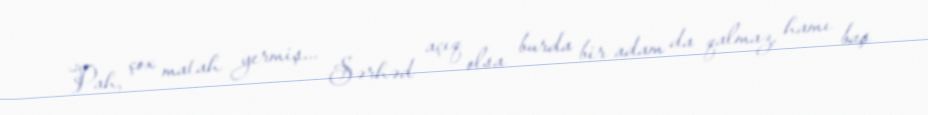
Pah, çox matah yermiş... Sərhəd açıq olsa burda bir adam da qalmaz, hamı baş